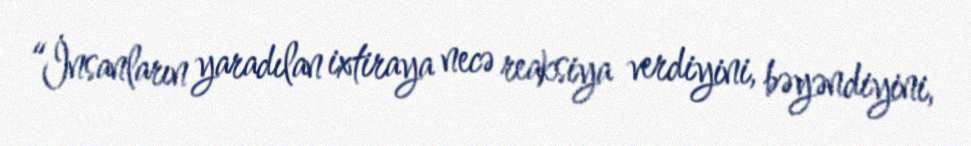
“İnsanların yaradılan ixtiraya necə reaksiya verdiyini, bəyəndiyini,